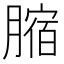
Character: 𦟱